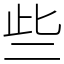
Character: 些